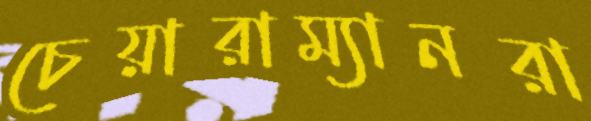
চেয়ারাম্যানরা